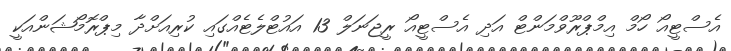
އެސްޓީއޯ ހޯމް އިމްޕްރޫވްމަންޓް އަދި އެސްޓީއޯ ރީޖަނަލް 13 އައުޓްލެޓެއްގައި ކުރިއަށްދާ މިޕްރޮމޯޝަންއަކީ